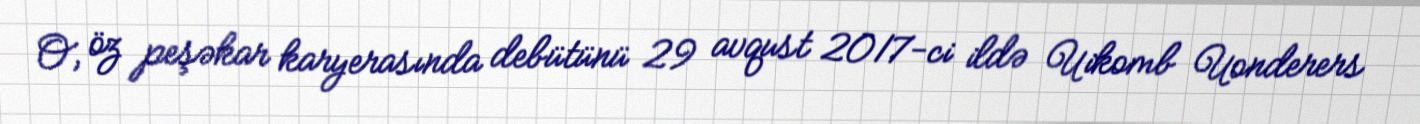
O, öz peşəkar karyerasında debütünü 29 avqust 2017-ci ildə Uikomb Uonderers